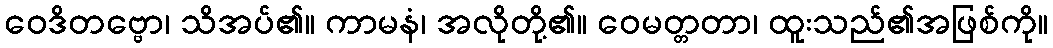
ဝေဒိတဗ္ဗော၊ သိအပ်၏။ ကာမနံ၊ အလိုတို့၏။ ဝေမတ္တတာ၊ ထူးသည်၏အဖြစ်ကို။